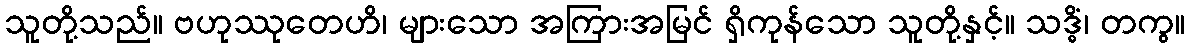
သူတို့သည်။ ဗဟုဿုတေဟိ၊ များသော အကြားအမြင် ရှိကုန်သော သူတို့နှင့်။ သဒ္ဓိံ၊ တကွ။